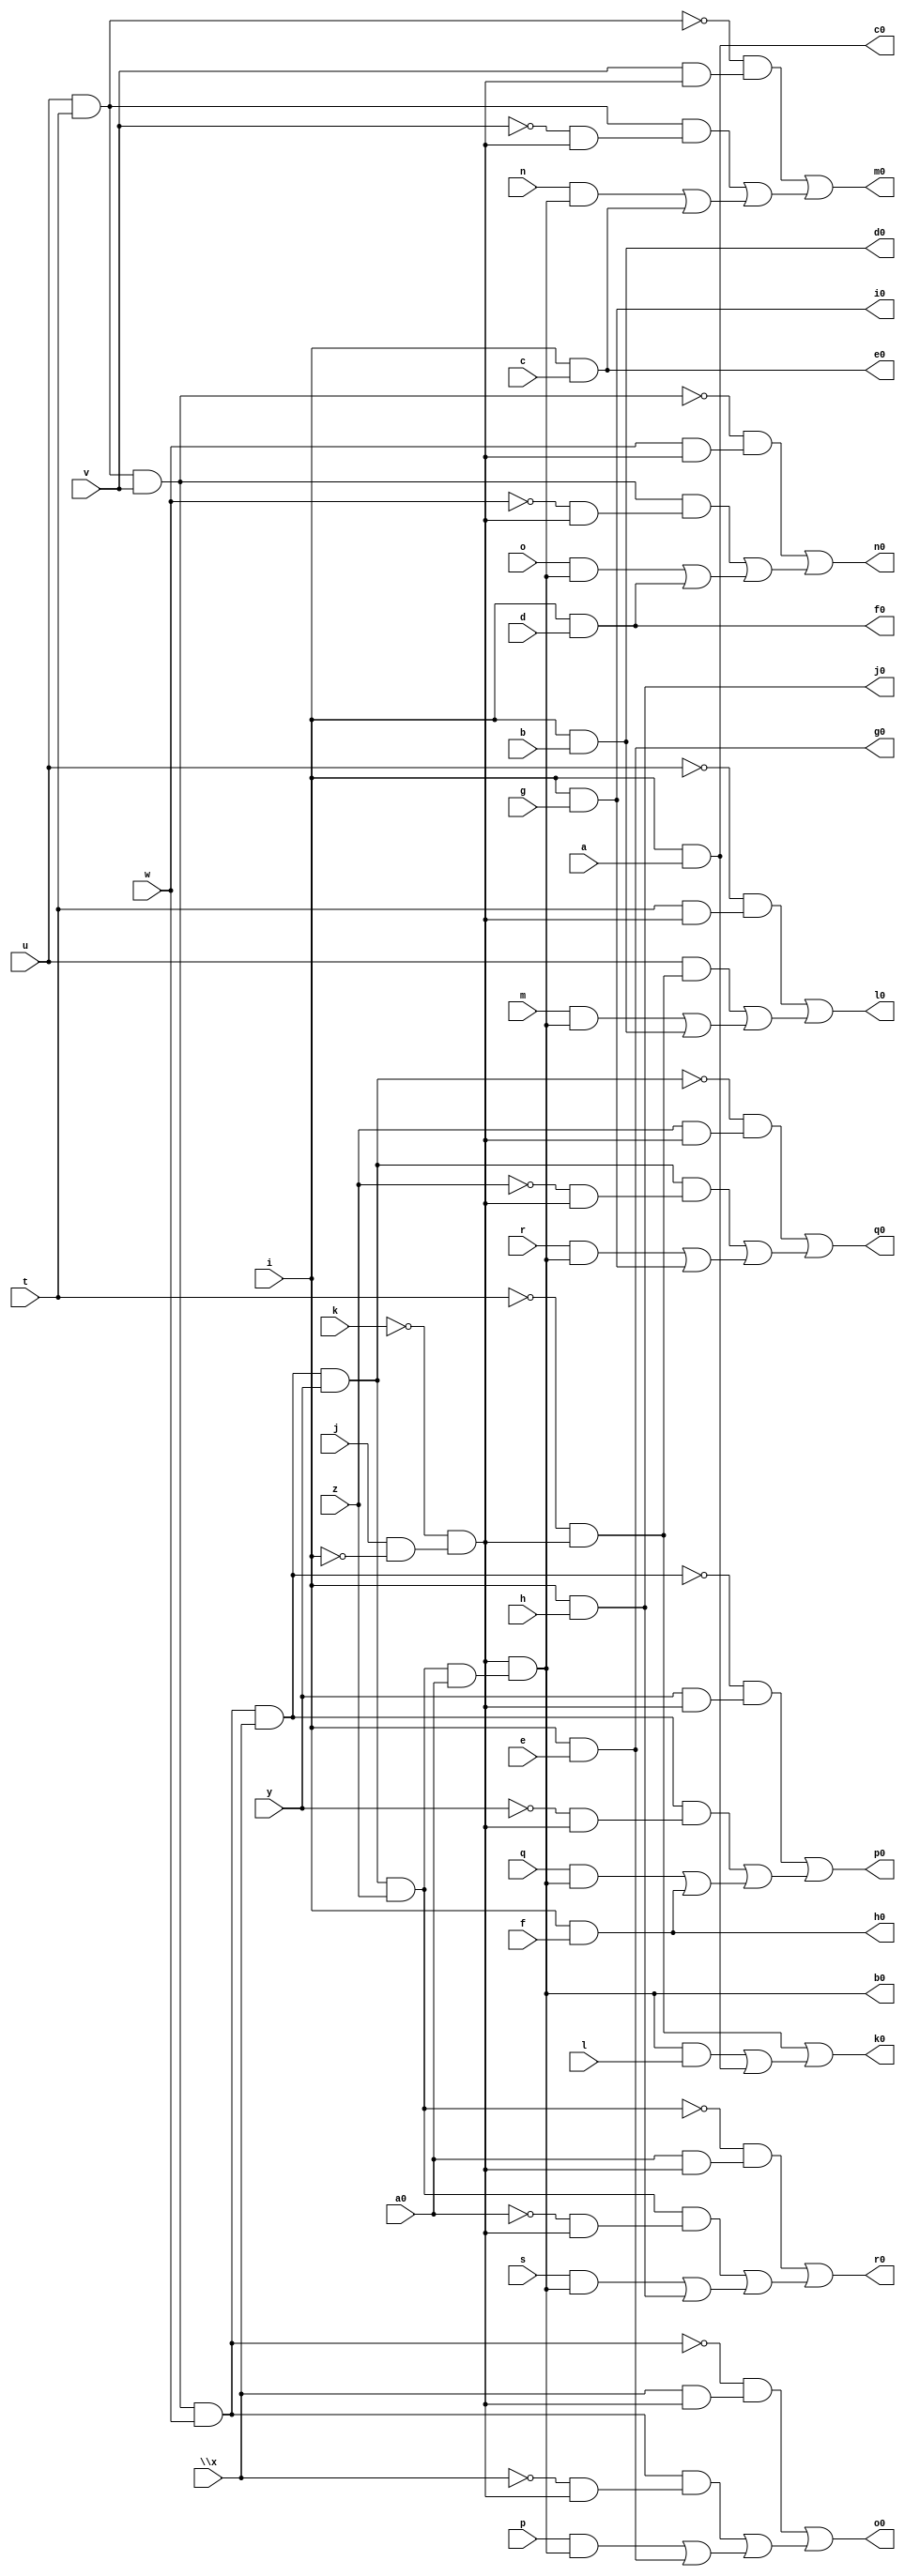
// IWLS benchmark module "pcler8_cl" printed on Wed May 29 16:09:22 2002
module pcler8_cl(a, b, c, d, e, f, g, h, i, j, k, l, m, n, o, p, q, r, s, t, u, v, w, \x , y, z, a0, b0, c0, d0, e0, f0, g0, h0, i0, j0, k0, l0, m0, n0, o0, p0, q0, r0);
input
  a,
  b,
  c,
  d,
  e,
  f,
  g,
  h,
  i,
  j,
  k,
  l,
  m,
  n,
  o,
  p,
  q,
  r,
  s,
  t,
  u,
  v,
  w,
  \x ,
  y,
  z,
  a0;
output
  k0,
  l0,
  m0,
  n0,
  o0,
  p0,
  q0,
  r0,
  b0,
  c0,
  d0,
  e0,
  f0,
  g0,
  h0,
  i0,
  j0;
wire
  \[13] ,
  \[14] ,
  \[15] ,
  \[16] ,
  \[0] ,
  a2,
  \[1] ,
  b2,
  \[2] ,
  c2,
  \[3] ,
  d2,
  \[4] ,
  e2,
  \[5] ,
  f2,
  \[6] ,
  g2,
  \[7] ,
  \[8] ,
  \[10] ,
  \[9] ,
  \[11] ,
  \[12] ;
assign
  k0 = \[9] ,
  \[13]  = (~g2 & (\x  & a2)) | ((g2 & (~\x  & a2)) | ((p & \[0] ) | \[5] )),
  l0 = \[10] ,
  \[14]  = (~b2 & (y & a2)) | ((b2 & (~y & a2)) | ((q & \[0] ) | \[6] )),
  m0 = \[11] ,
  \[15]  = (~e2 & (z & a2)) | ((e2 & (~z & a2)) | ((r & \[0] ) | \[7] )),
  n0 = \[12] ,
  \[16]  = (~c2 & (a0 & a2)) | ((c2 & (~a0 & a2)) | ((s & \[0] ) | \[8] )),
  o0 = \[13] ,
  p0 = \[14] ,
  q0 = \[15] ,
  r0 = \[16] ,
  \[0]  = a2 & (c2 & a0),
  a2 = ~k & (j & ~i),
  \[1]  = i & a,
  b0 = \[0] ,
  b2 = g2 & \x ,
  \[2]  = i & b,
  c0 = \[1] ,
  c2 = e2 & z,
  \[3]  = i & c,
  d0 = \[2] ,
  d2 = f2 & v,
  \[4]  = i & d,
  e0 = \[3] ,
  e2 = b2 & y,
  \[5]  = i & e,
  f0 = \[4] ,
  f2 = u & t,
  \[6]  = i & f,
  g0 = \[5] ,
  g2 = d2 & w,
  \[7]  = i & g,
  h0 = \[6] ,
  \[8]  = i & h,
  \[10]  = (~u & (t & a2)) | ((u & (~t & a2)) | ((m & \[0] ) | \[2] )),
  i0 = \[7] ,
  \[9]  = (a2 & ~t) | ((\[0]  & l) | \[1] ),
  \[11]  = (~f2 & (v & a2)) | ((f2 & (~v & a2)) | ((n & \[0] ) | \[3] )),
  j0 = \[8] ,
  \[12]  = (~d2 & (w & a2)) | ((d2 & (~w & a2)) | ((o & \[0] ) | \[4] ));
endmodule